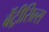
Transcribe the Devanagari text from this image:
बेंट्रीसिल्स